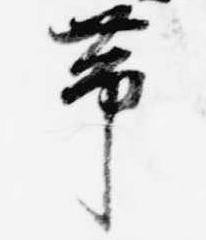
帯